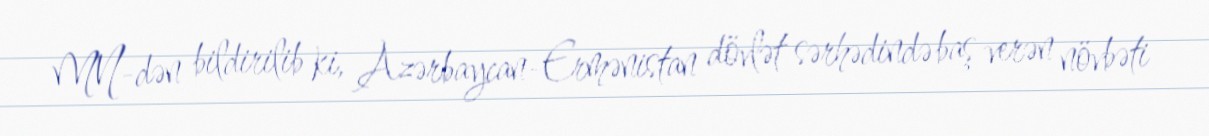
MN-dən bildirilib ki, Azərbaycan-Ermənistan dövlət sərhədində baş verən növbəti